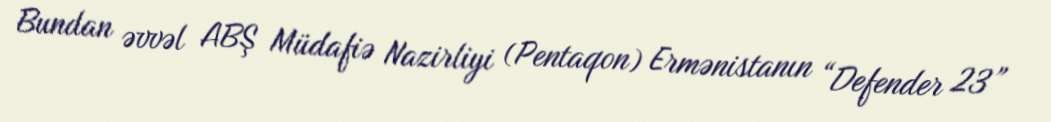
Bundan əvvəl ABŞ Müdafiə Nazirliyi (Pentaqon) Ermənistanın “Defender 23”